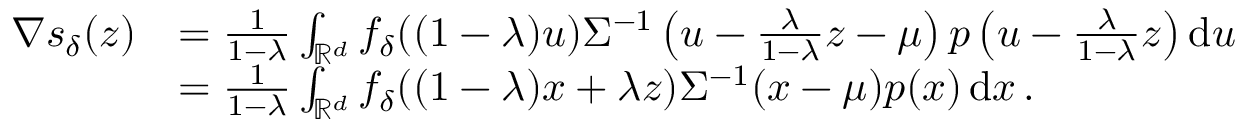
\begin{array} { r l } { \nabla s _ { \delta } ( z ) } & { = \frac { 1 } { 1 - \lambda } \int _ { \mathbb R ^ { d } } f _ { \delta } ( ( 1 - \lambda ) u ) \Sigma ^ { - 1 } \left( u - \frac { \lambda } { 1 - \lambda } z - \mu \right) p \left( u - \frac { \lambda } { 1 - \lambda } z \right) \operatorname { d } \! u } \\ & { = \frac { 1 } { 1 - \lambda } \int _ { \mathbb R ^ { d } } f _ { \delta } ( ( 1 - \lambda ) x + \lambda z ) \Sigma ^ { - 1 } ( x - \mu ) p ( x ) \operatorname { d } \! x \, . } \end{array}